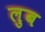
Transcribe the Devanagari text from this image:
लुब